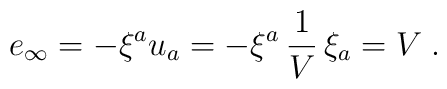
e_{\infty}=-\xi^{a}u_{a}=-\xi^{a}\,{1\over V}\,\xi_{a}=V\;.